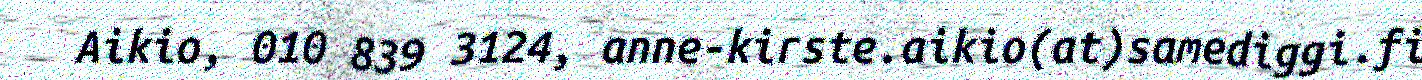
Aikio, 010 839 3124, anne-kirste.aikio(at)samediggi.fi